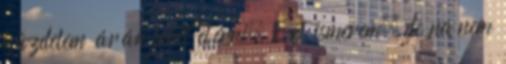
küzdelem árán lehet elérni. Ezt ismerem, de na nem